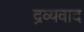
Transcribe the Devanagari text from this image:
द्रव्यवाद